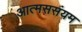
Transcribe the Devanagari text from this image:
आत्मससंयम